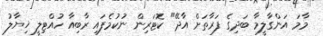
މާމަ އަންގާލީމާ ބަދިގެ ފަރާތަށް އާދޭ" ކޮޓަރިން ނުކުމެފައި ރާބިއާ ހުއްޓިލީ ޚިޔާލު